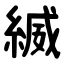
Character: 縅